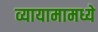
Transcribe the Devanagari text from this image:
व्यायामामध्ये